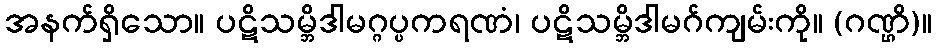
အနက်ရှိသော။ ပဋိသမ္ဘိဒါမဂ္ဂပ္ပကရဏံ၊ ပဋိသမ္ဘိဒါမဂ်ကျမ်းကို။ (ဂဏ္ဌိ)။